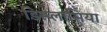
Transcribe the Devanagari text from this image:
डिस्प्लासिया